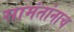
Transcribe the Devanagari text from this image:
सामंतांनाच